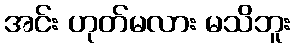
အင်း ဟုတ်မလား မသိဘူး